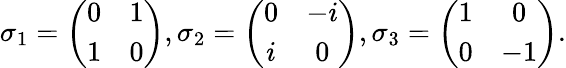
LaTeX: \begin{array}{r}{\sigma_{1}=\left(\begin{array}{cc}{0}&{1}\\ {1}&{0}\end{array}\right),\sigma_{2}=\left(\begin{array}{cc}{0}&{-i}\\ {i}&{0}\end{array}\right),\sigma_{3}=\left(\begin{array}{cc}{1}&{0}\\ {0}&{-1}\end{array}\right).}\end{array}